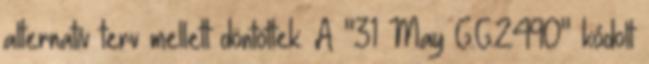
alternatív terv mellett döntöttek. A "31 May G.G.2490" kódolt